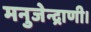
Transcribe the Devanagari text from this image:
मनुजेन्द्राणी।